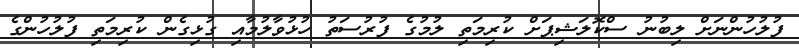
ފުލުހުންނަށް ލިބުނު ސްކޮލަޝިޕަށް ކުރިމަތި ލުމުގެ ފުރުސަތު ހުޅުވާލުމާއި ގުޅިގެން ކުރިމަތި ފުލުހުންގެ